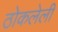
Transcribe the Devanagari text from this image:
ठोकलेली